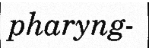
pharyng-